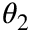
\theta _ { 2 }